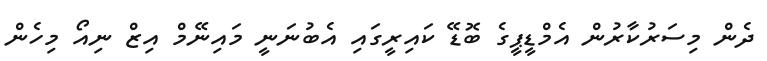
ދެން މިސަރުކާރުން އެމްޑީޕީގެ ބޮޑޭ ކައިރީގައި އެބުނަނީ މައިނޭމް އިޒް ނިއޯ މިހެން